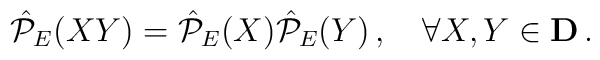
\hat{\cal P}_{E}(XY)=  \hat{\cal P}_{E}(X)\hat{\cal P}_{E}(Y)\,, \quad \forall X,Y\in {\bf D}\,.